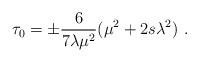
\begin{align*} \tau_0=\pm\frac{6}{7\lambda\mu^2}(\mu^2+2s\lambda^2)\ .\end{align*}